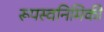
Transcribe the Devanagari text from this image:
रूपस्वनिमिकी